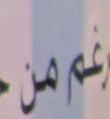
غم